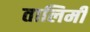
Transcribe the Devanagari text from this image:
तालिमी